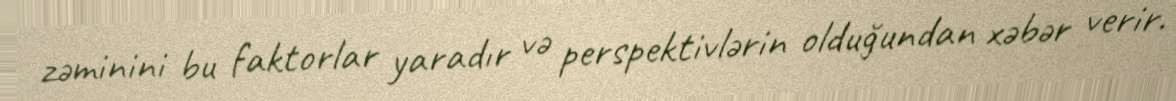
zəminini bu faktorlar yaradır və perspektivlərin olduğundan xəbər verir.